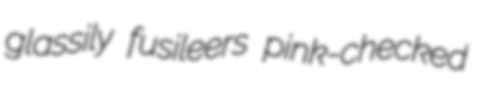
glassily fusileers pink-checked